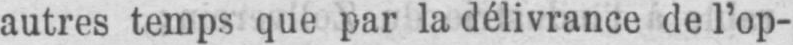
autres temps que par la délivrance de l’op-